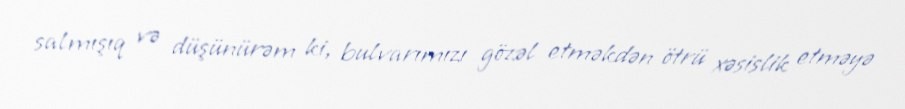
salmışıq və düşünürəm ki, bulvarımızı gözəl etməkdən ötrü xəsislik etməyə